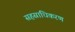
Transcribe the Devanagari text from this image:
सहस्राधिकरण